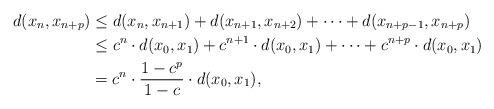
LaTeX: \begin{align*}d(x_n,x_{n+p})&\leq d(x_n,x_{n+1})+d(x_{n+1},x_{n+2})+\dots+d(x_{n+p-1},x_{n+p})\\&\leq c^n\cdot d(x_0,x_1)+c^{n+1}\cdot d(x_0,x_1)+\dots+c^{n+p}\cdot d(x_0,x_1)\\&=c^n\cdot \dfrac{1-c^p}{1-c}\cdot d(x_0,x_1),\end{align*}